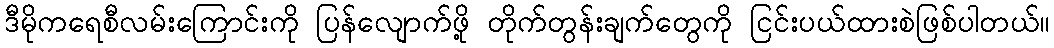
ဒီမိုကရေစီလမ်းကြောင်းကို ပြန်လျောက်ဖို့ တိုက်တွန်းချက်တွေကို ငြင်းပယ်ထားစဲဖြစ်ပါတယ်။